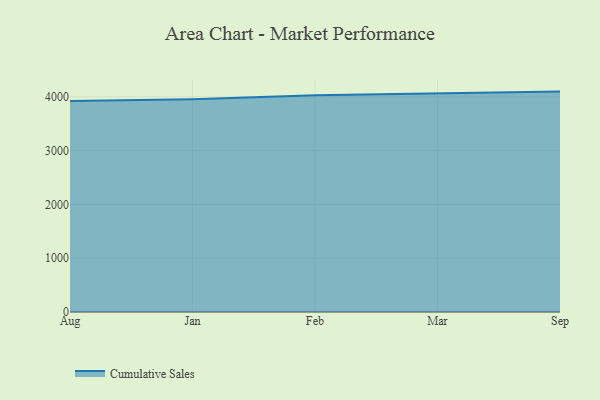
{"axis": {"x": "Month", "y": "Page Views"}, "legend": ["Cumulative Sales"], "data": [{"x": "Aug", "y": 3923.8, "type": "Cumulative Sales"}, {"x": "Jan", "y": 3954.5, "type": "Cumulative Sales"}, {"x": "Feb", "y": 4027.9, "type": "Cumulative Sales"}, {"x": "Mar", "y": 4058.1, "type": "Cumulative Sales"}, {"x": "Sep", "y": 4096.8, "type": "Cumulative Sales"}]}